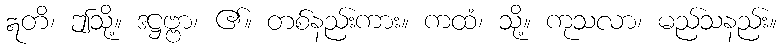
ဣတိ၊ ဤသို့။ ဒဋ္ဌဗ္ဗာ၊ ၏။ တစ်နည်းကား။ ကထံ၊ သို့။ ကုသလာ၊ မည်သနည်း။